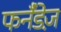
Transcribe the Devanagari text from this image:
फर्नॅंडेज़